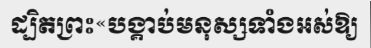
ដ្បិតព្រះ«បង្គាប់មនុស្សទាំងអស់ឱ្យ